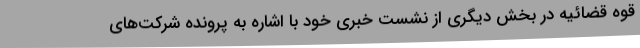
قوه قضائیه در بخش دیگری از نشست خبری خود با اشاره به پرونده شرکت‌های